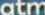
atm